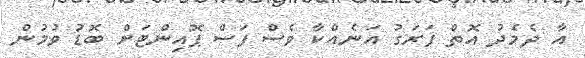
އާ ދެމެދު އޮތް ފަރަގު އަނެއްކާ ވެސް ފަސް ޕޮއިންޓަށް ބޮޑު ވުމުން